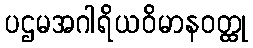
ပဌမအဂါရိယဝိမာနဝတ္ထု